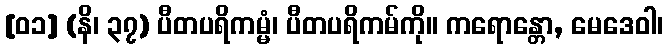
[၀၁] (နိ၊ ၃၇) ပီတပရိကမ္မံ၊ ပီတပရိကမ်ကို။ ကရောန္တော, မေဒေဝါ၊